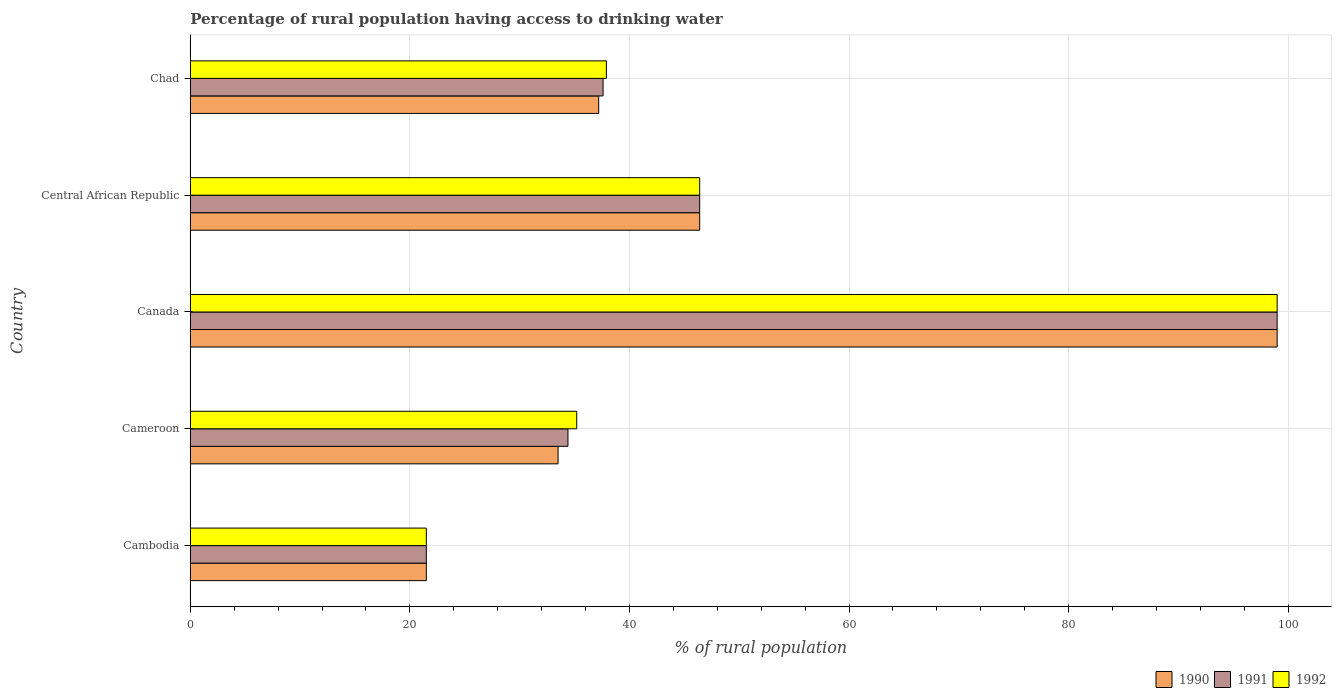
| Country | 1990 | 1991 | 1992 |
 | --- | --- | --- | --- |
 | Cambodia | 21.5 | 21.5 | 21.5 |
 | Cameroon | 33.5 | 34.4 | 35.2 |
 | Canada | 99 | 99 | 99 |
 | Central African Republic | 46.4 | 46.4 | 46.4 |
 | Chad | 37.2 | 37.6 | 37.9 |